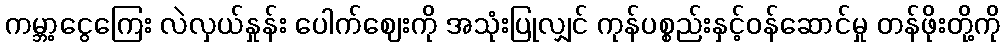
ကမ္ဘာ့ငွေကြေး လဲလှယ်နှုန်း ပေါက်ဈေးကို အသုံးပြုလျှင် ကုန်ပစ္စည်းနှင့်ဝန်ဆောင်မှု တန်ဖိုးတို့ကို